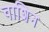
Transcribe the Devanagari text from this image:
वाशिन